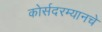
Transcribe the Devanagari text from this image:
कोर्सदरम्यानचे